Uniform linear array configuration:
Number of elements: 4
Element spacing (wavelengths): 0.75
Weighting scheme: exponential
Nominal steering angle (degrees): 45
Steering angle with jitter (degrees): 45.503
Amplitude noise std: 0.05
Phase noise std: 0.05

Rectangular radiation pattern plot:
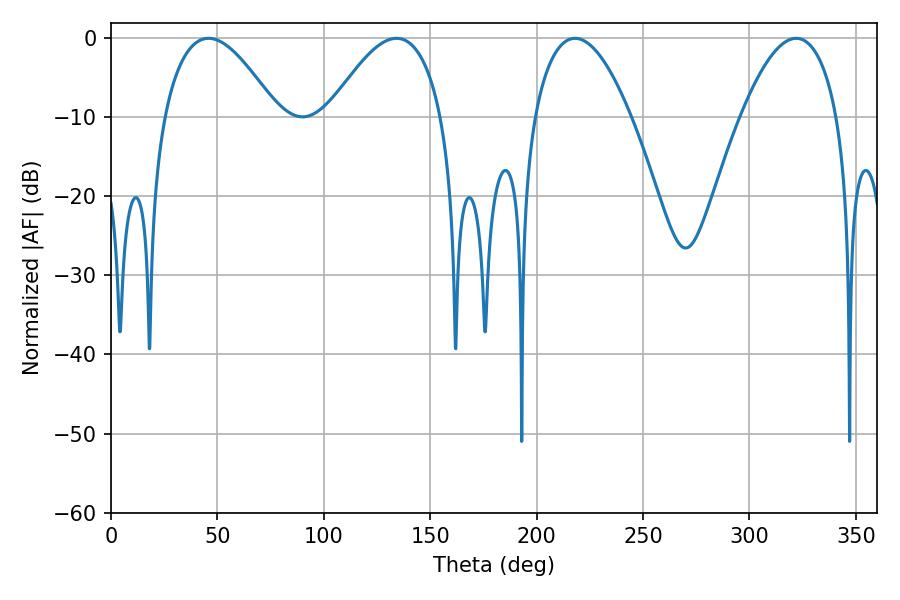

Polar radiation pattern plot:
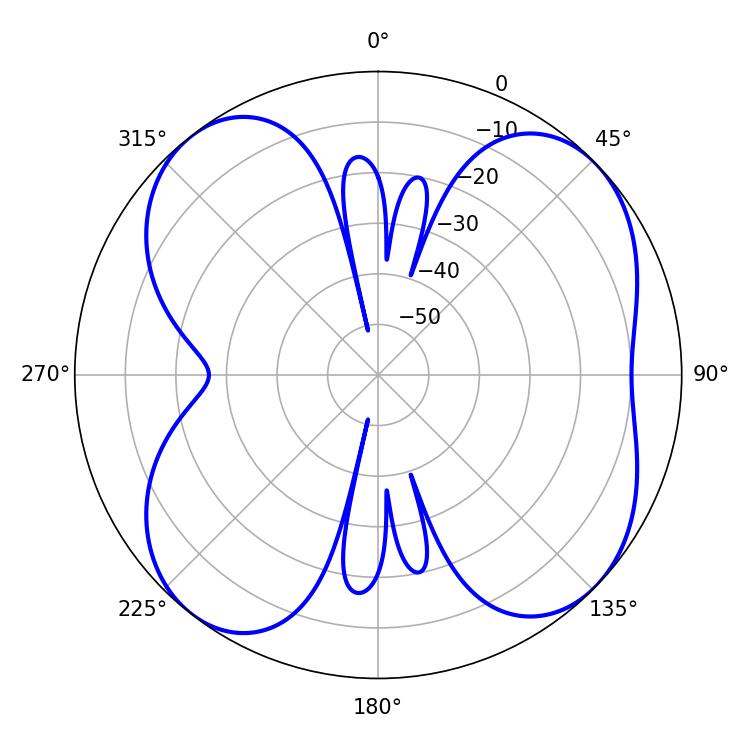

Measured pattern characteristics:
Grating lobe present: TRUE
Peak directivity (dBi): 9.121
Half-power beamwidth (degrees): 25.2
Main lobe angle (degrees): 217.98